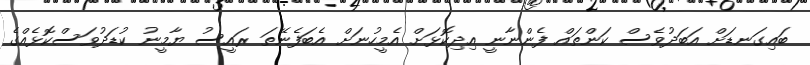
ބައިގަނޑަށް އަބަދުވެސް ކަންތައް ފެންނާނީ އިދިކޮޅަށް އެމީހުނަށް އެބަފެނޭތަ ރައީސު ޔާމީނު ކުޑަދުވަސްކޮޅެއްގެ